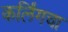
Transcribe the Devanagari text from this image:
कर्लिंगचा